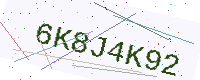
Text: 6K8J4K92